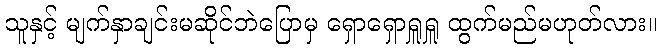
သူနှင့် မျက်နှာချင်းမဆိုင်ဘဲပြောမှ ရှောရှောရှူရှူ ထွက်မည်မဟုတ်လား။